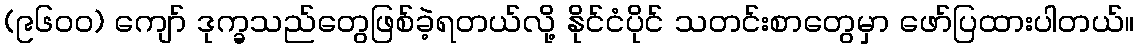
(၉၆၀၀) ကျော် ဒုက္ခသည်တွေဖြစ်ခဲ့ရတယ်လို့ နိုင်ငံပိုင် သတင်းစာတွေမှာ ဖော်ပြထားပါတယ်။